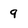
Character: 9